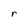
Character: r